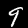
Digit: 9